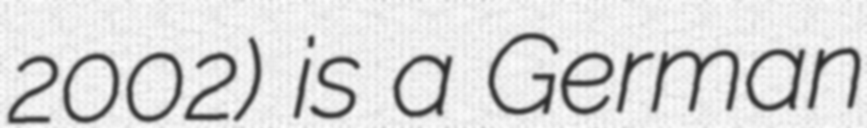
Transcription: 2002) is a German